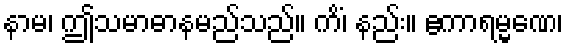
နာမ၊ ဤသမာဓာနမည်သည်။ ကိံ၊ နည်း။ ဧကာရမ္မဏေ၊